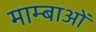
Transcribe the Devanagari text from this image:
माम्बाओं